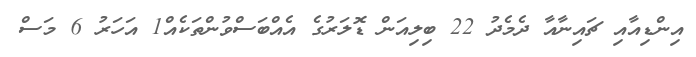
އިންޑިއާއި ޗައިނާއާ ދެމެދު 22 ބިލިއަން ޑޮލަރުގެ އެއްބަސްވުންތަކެއް1 އަހަރު 6 މަސް